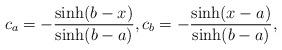
LaTeX: \begin{align*}c_a=-\frac{\sinh(b-x)}{\sinh(b-a)}, c_b=-\frac{\sinh (x-a)}{\sinh(b-a)},\end{align*}